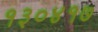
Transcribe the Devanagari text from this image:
१३०४१७